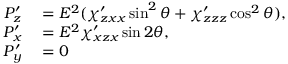
\begin{array} { r l } { P _ { z } ^ { \prime } } & { { } = E ^ { 2 } ( \chi _ { z x x } ^ { \prime } \sin ^ { 2 } \theta + \chi _ { z z z } ^ { \prime } \cos ^ { 2 } \theta ) , } \\ { P _ { x } ^ { \prime } } & { { } = E ^ { 2 } \chi _ { x z x } ^ { \prime } \sin 2 \theta , } \\ { P _ { y } ^ { \prime } } & { { } = 0 } \end{array}